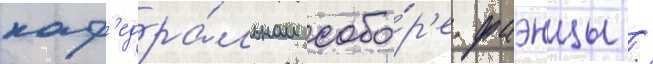
каф'едра́льном собо́р'е фаэнцы /